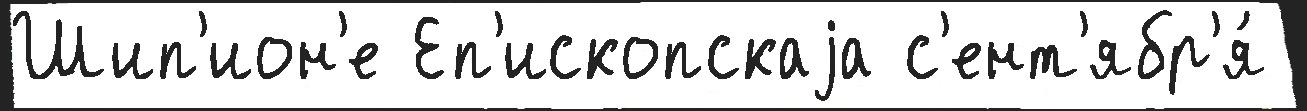
Шип'ион'е Еп'ископскаjа с'ент'ябр'я́